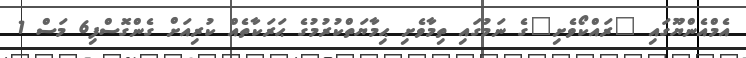
އެމްއެންޔޫގައި "ރައްކޯވެށި"ގެ ނަމުގައި ތިމާވެށި ޙިމާޔަތްކުރުމުގެ ޙަރަކާތެއް ކުރިއަށް ގެންގޮސްފި6 މަސް 1